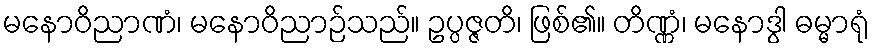
မနောဝိညာဏံ၊ မနောဝိညာဉ်သည်။ ဥပ္ပဇ္ဇတိ၊ ဖြစ်၏။ တိဏ္ဏံ၊ မနောဒွါ ဓမ္မာရုံ